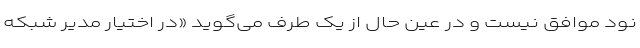
نود موافق نیست و در عین حال از یک طرف می‌گوید «در اختیار مدیر شبکه